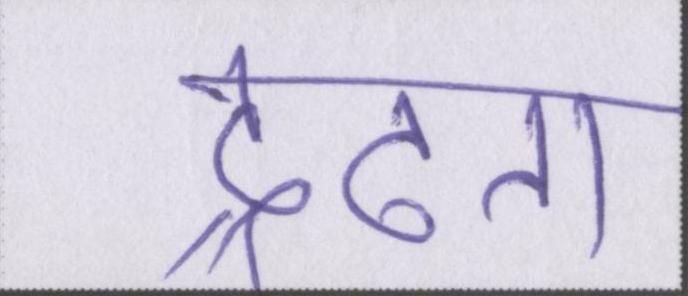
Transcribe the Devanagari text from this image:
द्रढता